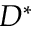
D ^ { * }